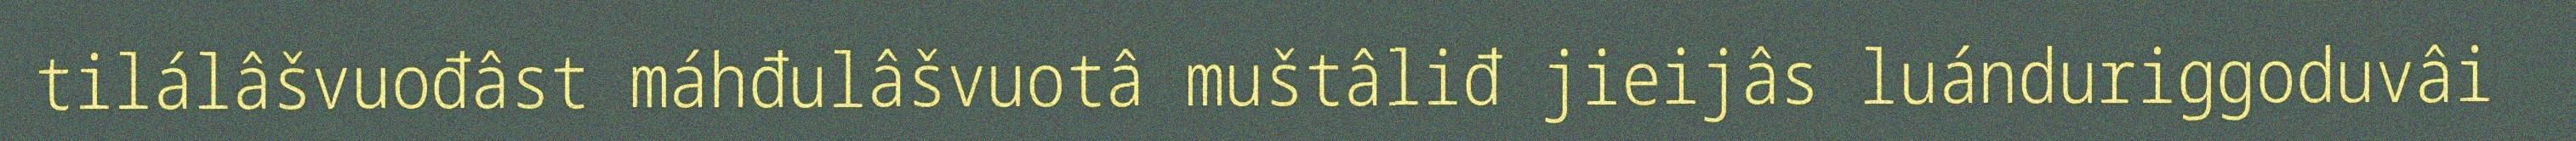
tilálâšvuođâst máhđulâšvuotâ muštâliđ jieijâs luánduriggoduvâi